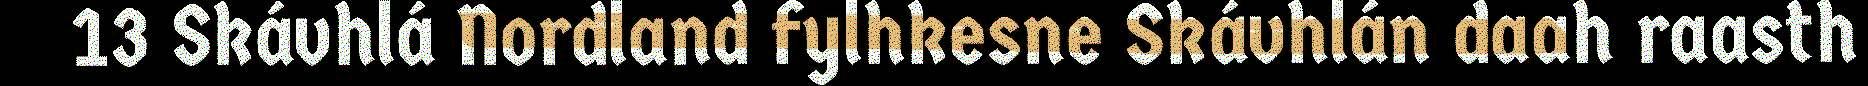
13 Skávhlá Nordland fylhkesne Skávhlán daah raasth